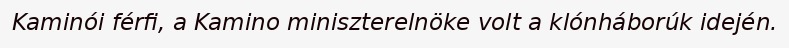
Kaminói férfi, a Kamino miniszterelnöke volt a klónháborúk idején.